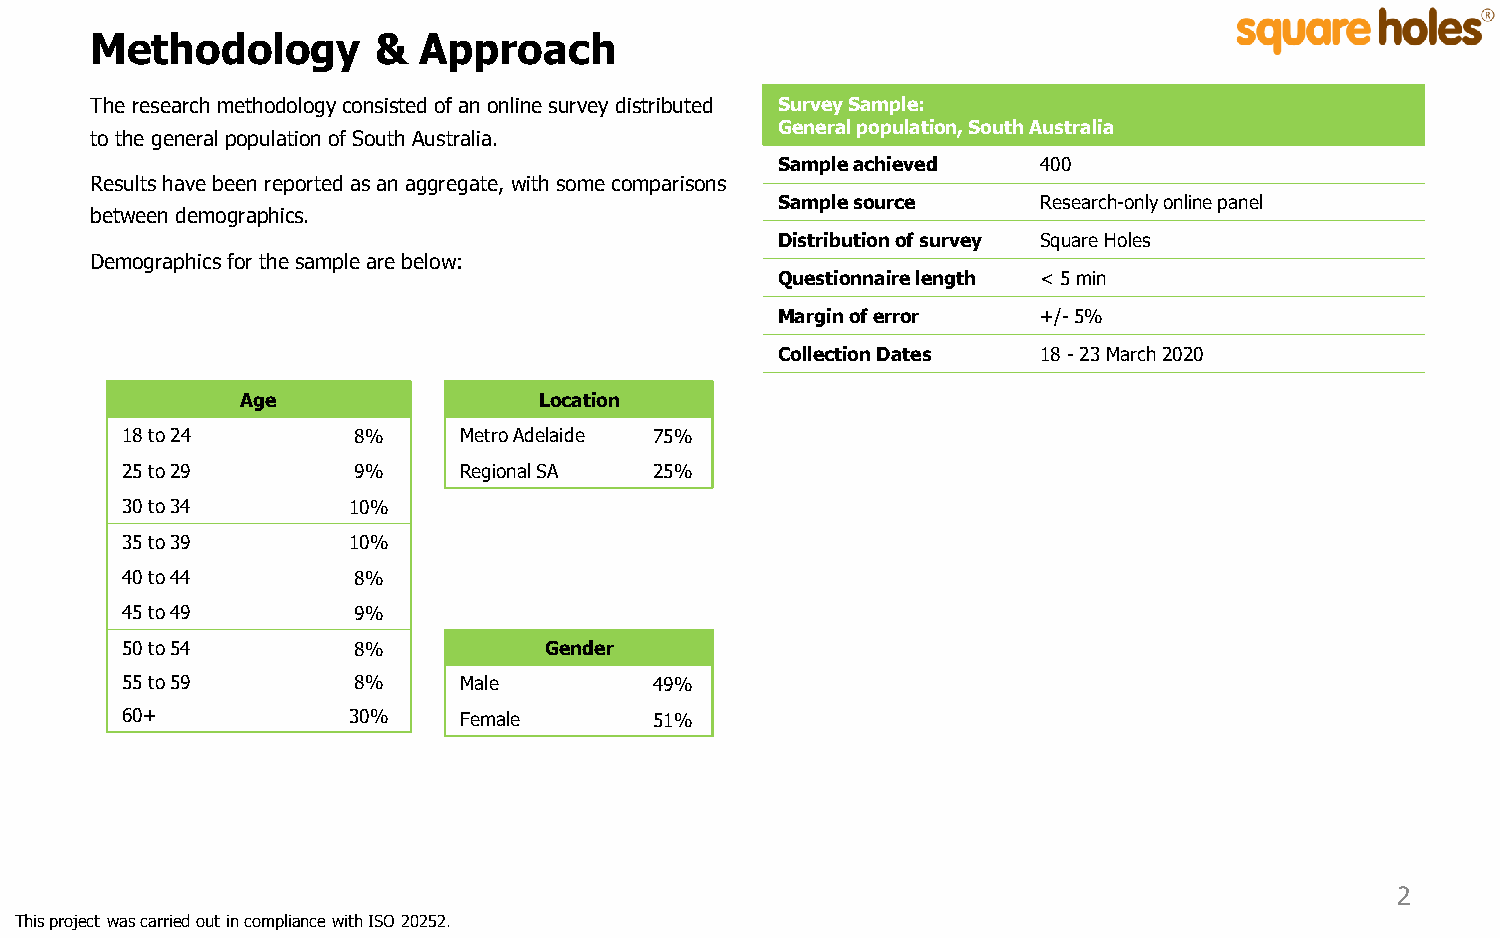
Methodology        &  Approach
 The research methodology consisted of an online survey distributed Survey Sample:
 General population, South Australia
 to the general population of South Australia.
 Sample achieved   400
 Results have been reported as an aggregate, with some comparisons
 Sample source     Research-only online panel
 between demographics.
 Distribution of survey Square Holes
 Demographics for the sample are below:
 Questionnaire length < 5 min
 Margin of error   +/-5%
 Collection Dates  18 -23 March 2020
 Age                 Location
 18 to 24       8%     Metro Adelaide 75%
 25to 29        9%     Regional SA  25%
 30to 34        10%
 35to 39        10%
 40to 44        8%
 45to 49        9%
 50to 54        8%           Gender
 55to 59        8%     Male         49%
 60+            30%    Female       51%
 2
 This project was carried out in compliance with ISO 20252.